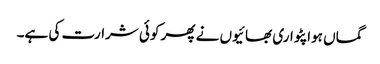
گماں ہوا پٹواری بھائیوں نے پھر کوئی شرارت کی ہے۔